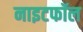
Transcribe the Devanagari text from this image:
नाइटफॉल